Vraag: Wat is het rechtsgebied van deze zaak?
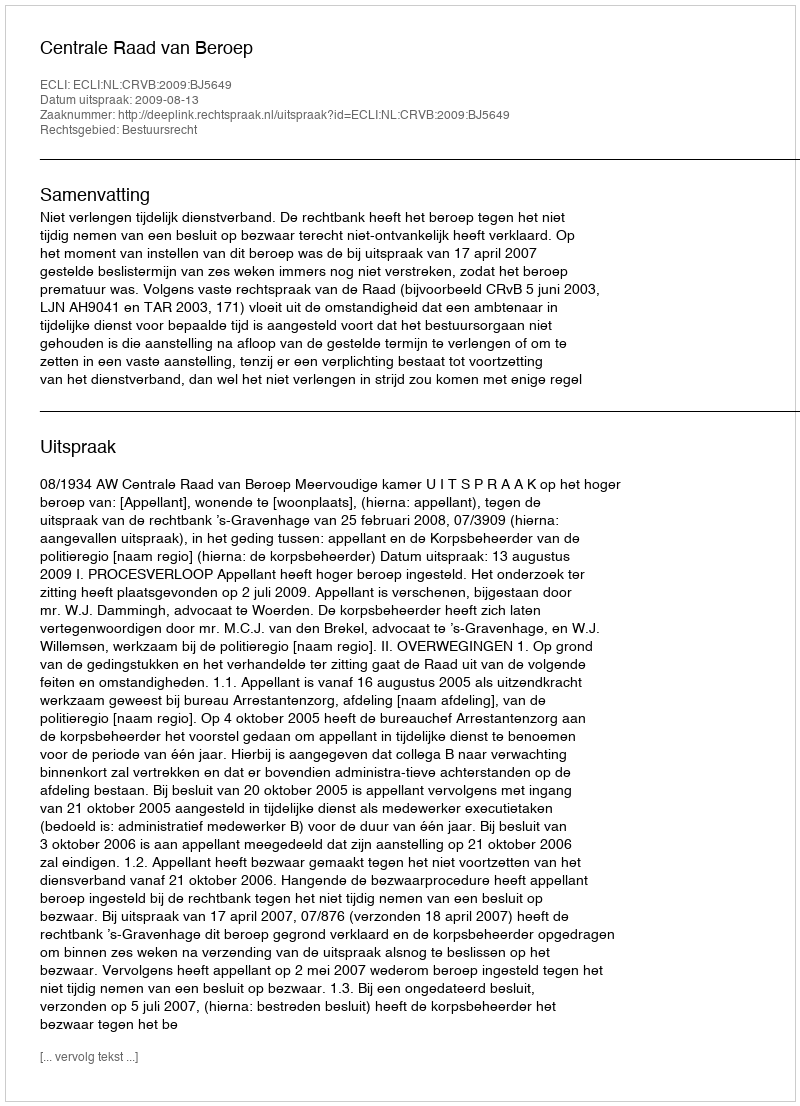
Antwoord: Bestuursrecht